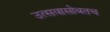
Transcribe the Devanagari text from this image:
उत्सवासोबतच